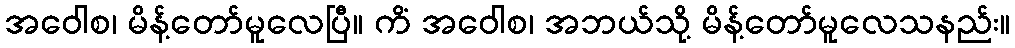
အဝေါစ၊ မိန့်တော်မူလေပြီ။ ကိံ အဝေါစ၊ အဘယ်သို့ မိန့်တော်မူလေသနည်း။